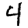
Digit: 4